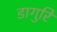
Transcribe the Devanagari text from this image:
डागुरि